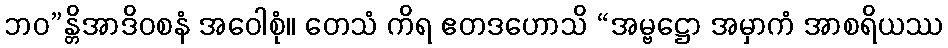
ဘဝ”န္တိအာဒိဝစနံ အဝေါစုံ။ တေသံ ကိရ ဧတဒဟောသိ “အမ္ဗဋ္ဌော အမှာကံ အာစရိယဿ